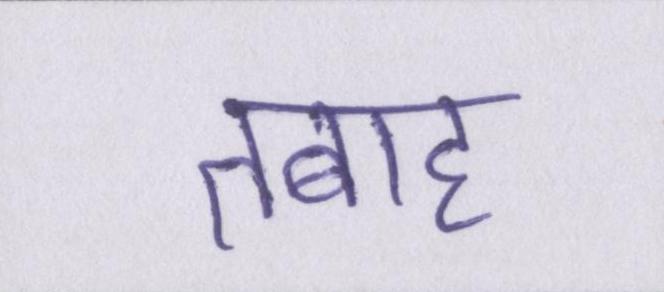
तबाह